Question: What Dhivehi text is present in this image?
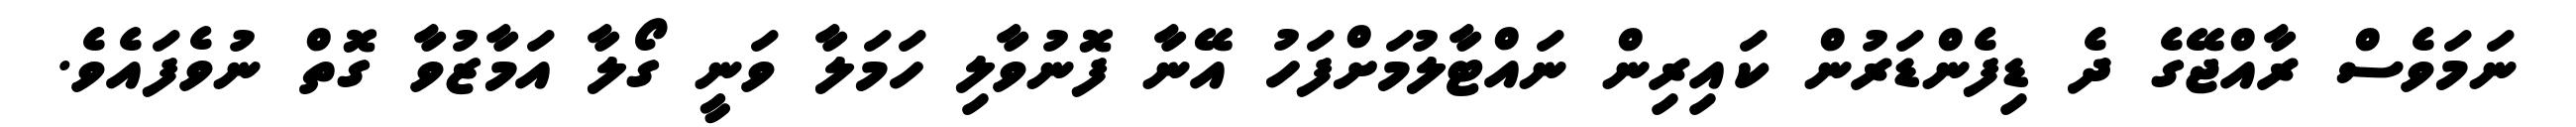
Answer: ނަމަވެސް ރާއްޖޭގެ ދެ ޑިފެންޑަރުން ކައިރިން ނައްޓާލުމަށްފަހު އޭނާ ފޮނުވާލި ހަމަލާ ވަނީ ގޯލާ އަމާޒުވާ ގޮތް ނުވެފައެވެ.